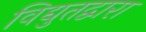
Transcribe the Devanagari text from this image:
विद्युतद्वारा